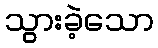
သွားခဲ့သော